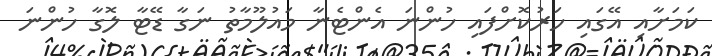
ކަމަށާއި އޭގައި ހަރުކޮށްފައި ހުންނަ އެންޓެނާ މައުލޫމާތު ނަގާ ޑޭޓާ ލޮގާ ހުންނަ